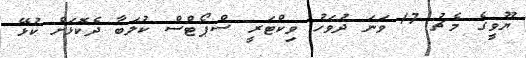
ޔޫވީގެ މެޗު 17 ވަނަ ދުވަހު ވިކްޓަރީ ސްޕޯޓްސް ކުލަބާ ދެކޮޅަށް ކުޅޭ